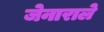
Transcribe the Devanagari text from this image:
जेनाराले